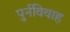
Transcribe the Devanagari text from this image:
पुर्नविवाह